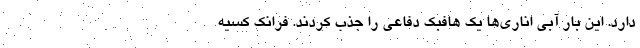
دارد. این بار آبی اناری‌ها یک هافبک دفاعی را جذب کردند. فرانک کسیه